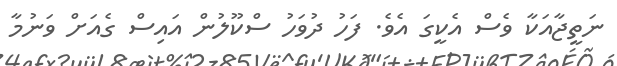
ނަތީޖާއަކާ ވެސް އެކީގަ އެވެ. ފަހު ދުވަހު ސްކޫލުން އައިސް ގެއަށް ވަނުމާ